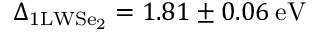
\Delta _ { \mathrm { 1 L W S e _ { 2 } } } = 1 . 8 1 \pm 0 . 0 6 \: \mathrm { e V }